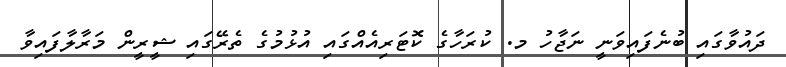
ދައުވާގައި ބުނެފައިވަނީ ނަޖާހު މ. ކުރަހާގެ ކޮޓަރިއެއްގައި އުޅުމުގެ ތެރޭގައި ޝީރީން މަރާލާފައިވާ